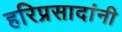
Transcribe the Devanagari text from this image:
हरिप्रसादांनी